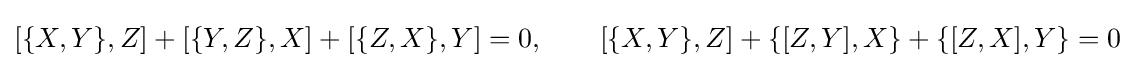
[\{X,Y\},Z]+[\{Y,Z\},X]+[\{Z,X\},Y]=0,\qquad [\{X,Y\},Z]+\{[Z,Y],X\}+\{[Z,X],Y\}=0